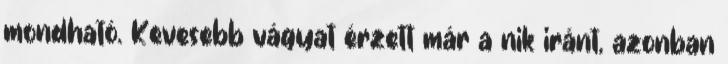
mondható. Kevesebb vágyat érzett már a nık iránt, azonban